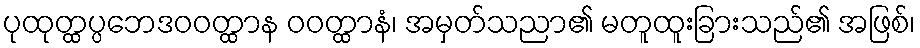
ပုထုတ္ထပ္ပဘေဒဝဝတ္ထာန ဝဝတ္ထာနံ၊ အမှတ်သညာ၏ မတူထူးခြားသည်၏ အဖြစ်၊